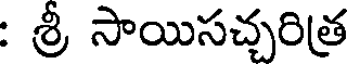
: శ్రీ సాయిసచ్చరిత్ర